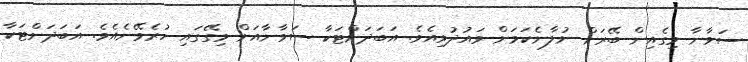
ސަވާނާ މިގެއިން ބޭރަށް ނުލާނެކަމަށް ވައުދުވިއެވެ. އަބަދަށްޓަކާ ސަވާނާއަށް މިގޭގައި ހުރެވޭނެއެވެ. އަބަދަށްޓަކާ